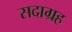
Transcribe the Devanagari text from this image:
सदाग्रह